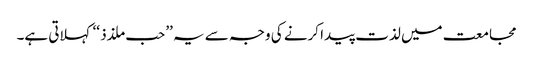
مجامعت میں لذت پیدا کرنے کی وجہ سے یہ ’’حب ملذذ ‘‘کہلاتی ہے۔